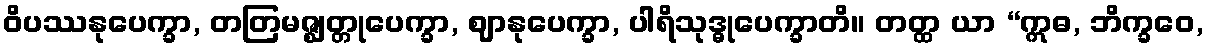
ဝိပဿနုပေက္ခာ, တတြမဇ္ဈတ္တုပေက္ခာ, ဈာနုပေက္ခာ, ပါရိသုဒ္ဓုပေက္ခာတိ။ တတ္ထ ယာ “ဣဓ, ဘိက္ခဝေ,